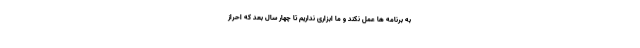
به برنامه ها عمل نکند و ما ابزاری نداریم تا چهار سال بعد که احراز